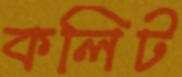
কলিট